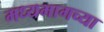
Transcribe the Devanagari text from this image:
मध्‍यभागच्या